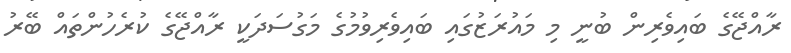
ރާއްޖޭގެ ބައިވެރިން ބުނީ މި މައުރަޒުގައި ބައިވެރިވުމުގެ މަގުސަދަކީ ރާއްޖޭގެ ކުރެހުންތައް ބޭރު